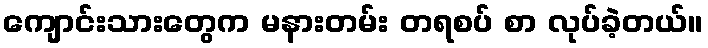
ကျောင်းသားတွေက မနားတမ်း တရစပ် စာ လုပ်ခဲ့တယ်။